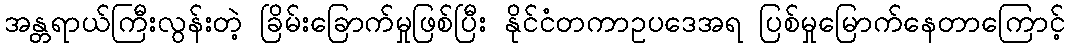
အန္တရာယ်ကြီးလွန်းတဲ့ ခြိမ်းခြောက်မှုဖြစ်ပြီး နိုင်ငံတကာဥပဒေအရ ပြစ်မှုမြောက်နေတာကြောင့်